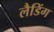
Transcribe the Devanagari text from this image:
लैडिंग